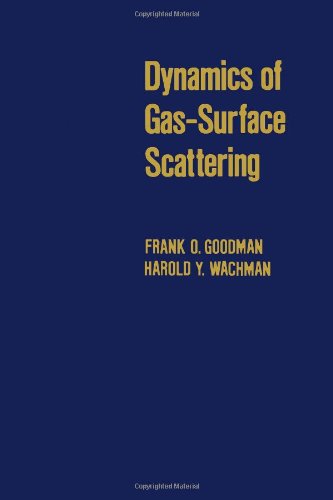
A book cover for Dynamics of Gas-surface Scattering; Frank O. Goodman; Science & Math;